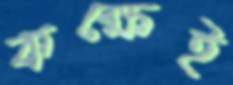
কক্ষেই